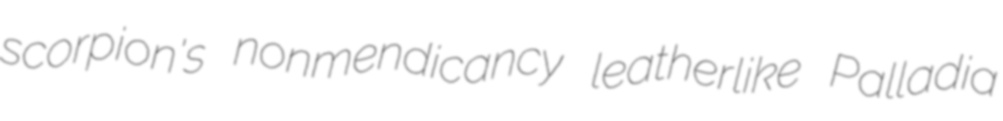
scorpion's nonmendicancy leatherlike Palladia